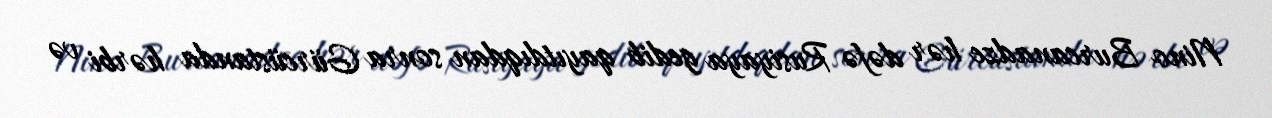
Nino Burcanadze hər dəfə Rusiyaya gedib qayıtdıqdan sonra Gürcüstanda hərbi və